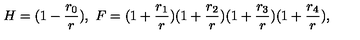
H = ( 1 - \frac { r _ { 0 } } { r } ) , \ F = ( 1 + \frac { r _ { 1 } } { r } ) ( 1 + \frac { r _ { 2 } } { r } ) ( 1 + \frac { r _ { 3 } } { r } ) ( 1 + \frac { r _ { 4 } } { r } ) ,